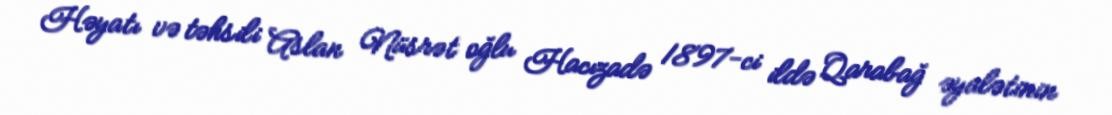
Həyatı və təhsili Aslan Nüsrət oğlu Hacızadə 1897-ci ildə Qarabağ əyalətinin